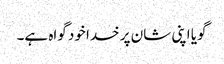
گویا اپنی شان پر خدا خود گواہ ہے۔